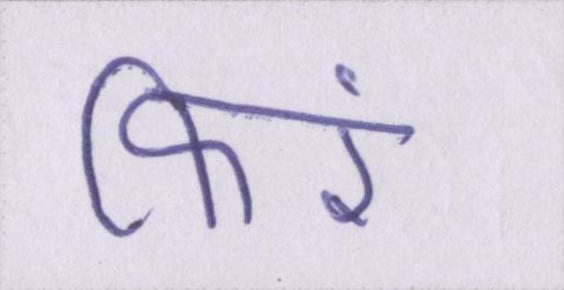
फिरें